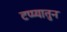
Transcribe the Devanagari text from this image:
टप्प्यातुन